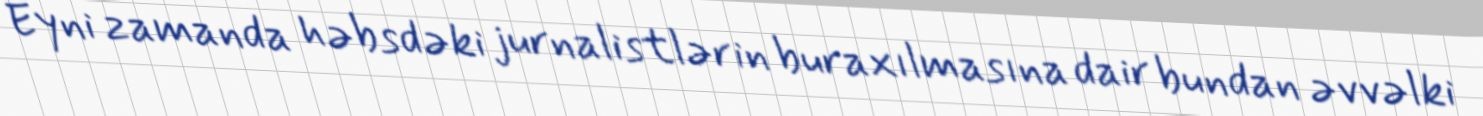
Eyni zamanda həbsdəki jurnalistlərin buraxılmasına dair bundan əvvəlki